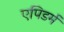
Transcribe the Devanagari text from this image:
एपिडर्म